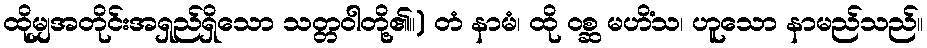
ထိုမျှအတိုင်းအရှည်ရှိသော သတ္တဝါတို့၏။) တံ နာမံ၊ ထို ဝစ္ဆ မဟိံသ၊ ဟူသော နာမည်သည်။